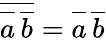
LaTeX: \overline{{\overline{{a\vphantom{b}}}\, \overline{{b}}}}=\overline{{a\vphantom{b}}}\, \overline{{b}}